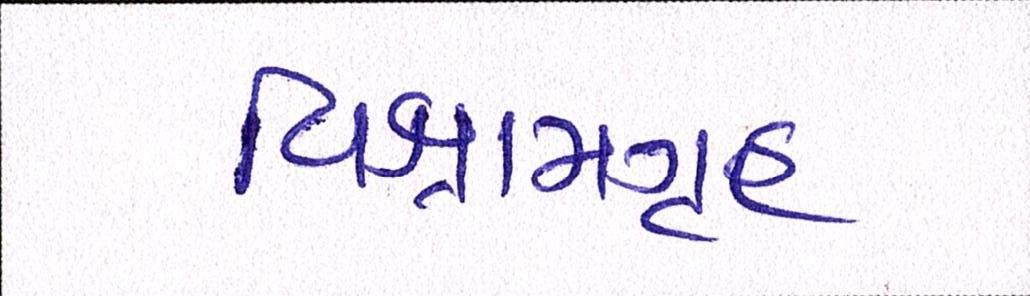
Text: વિશ્રામગૃહ